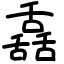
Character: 舙